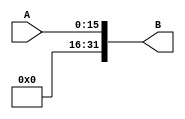
`timescale 1ns/1ns

module SignEx(
	input [15:0]A,
	output reg[31:0]B
);

initial
begin
	B = 32'd0;
end

always @*
begin
	B = {16'd0, A};
end

endmodule